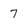
Character: 7